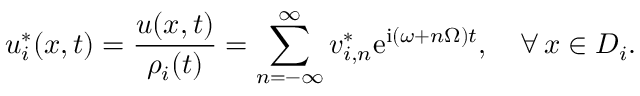
u _ { i } ^ { * } ( x , t ) = \frac { u ( x , t ) } { \rho _ { i } ( t ) } = \sum _ { n = - \infty } ^ { \infty } v _ { i , n } ^ { * } \mathrm { e } ^ { \mathrm { i } ( \omega + n \Omega ) t } , \quad \forall \, x \in D _ { i } .